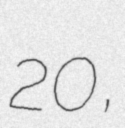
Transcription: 20,